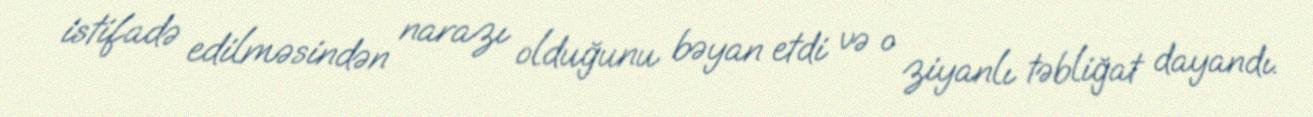
istifadə edilməsindən narazı olduğunu bəyan etdi və o ziyanlı təbliğat dayandı.